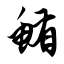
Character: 鲔